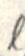
l